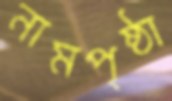
নামপৃষ্ঠা